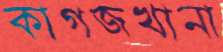
কাগজখানা